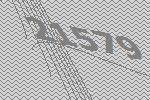
21579